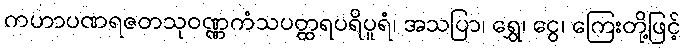
ကဟာပဏရဇတသုဝဏ္ဏကံသပတ္ထရပရိပူရံ၊ အသပြာ၊ ရွှေ၊ ငွေ၊ ကြေးတို့ဖြင့်